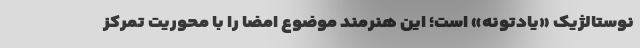
نوستالژیک «یادتونه» است؛ این هنرمند موضوع امضا را با محوریت تمرکز